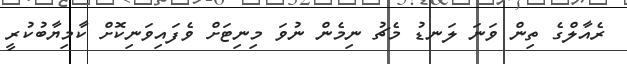
ރެއާލްގެ ތިން ވަނަ ލަނޑު މެޗު ނިމެން ނުވަ މިނިޓަށް ވެފައިވަނިކޮށް ކާމިޔާބުކުރީ